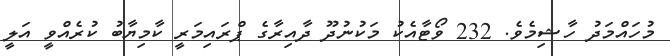
މުހައްމަދު ހާޝިމެވެ. 232 ވޯޓާއެކު މަކުނުދޫ ދާއިރާގެ ޕްރައިމަރީ ކާމިޔާބު ކުރެއްވީ އަލީ